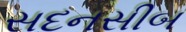
સદનસીબ